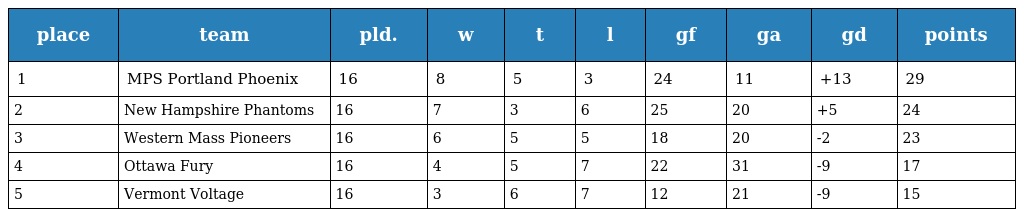
| place | team | pld. | w | t | l | gf | ga | gd | points |
 | --- | --- | --- | --- | --- | --- | --- | --- | --- | --- |
 | 1 | MPS Portland Phoenix | 16 | 8 | 5 | 3 | 24 | 11 | +13 | 29 |
 | 2 | New Hampshire Phantoms | 16 | 7 | 3 | 6 | 25 | 20 | +5 | 24 |
 | 3 | Western Mass Pioneers | 16 | 6 | 5 | 5 | 18 | 20 | -2 | 23 |
 | 4 | Ottawa Fury | 16 | 4 | 5 | 7 | 22 | 31 | -9 | 17 |
 | 5 | Vermont Voltage | 16 | 3 | 6 | 7 | 12 | 21 | -9 | 15 |